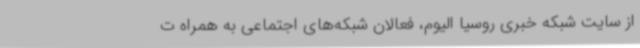
از سایت شبکه خبری روسیا الیوم، فعالان شبکه‌های اجتماعی به همراه ت